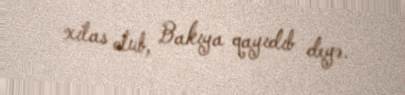
xilas olub, Bakıya qayıdıb deyə.